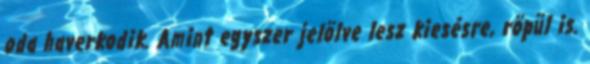
oda haverkodik. Amint egyszer jelölve lesz kiesésre, röpül is.